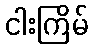
ငါးကြိမ်